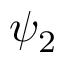
\psi _ { 2 }